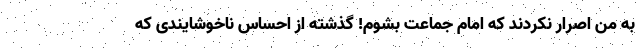
به من اصرار نکردند که امام جماعت بشوم! گذشته از احساس ناخوشایندی که